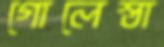
গোলেস্তা